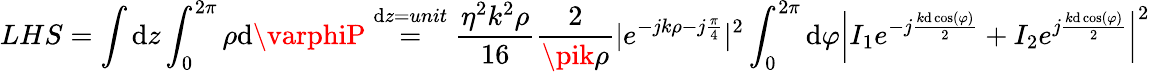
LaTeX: LHS=\int\mathrm{d}z\int_{0}^{2\pi}\rho\mathrm{d}\varphiP\stackrel{\mathrm{d}z=unit}{=}\frac{{\eta^{2}k^{2}\rho}}{{16}}\frac{{2}}{{\pik\rho}}|e^{-jk\rho-j\frac{{\pi}}{{4}}}|^{2}\int_{0}^{2\pi}\mathrm{d}\varphi\left|I_{1}e^{-j\frac{{k\mathrm{d}\cos(\varphi)}}{{2}}}+I_{2}e^{j\frac{{k\mathrm{d}\cos(\varphi)}}{{2}}}\right|^{2}